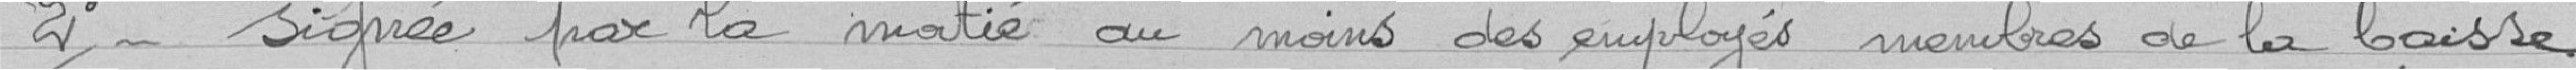
2 Signée par la moitié au moins des employés membre de la caisse